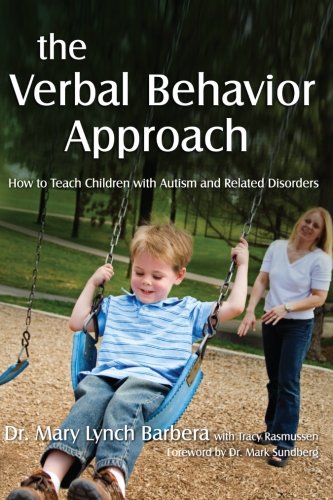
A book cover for The Verbal Behavior Approach: How to Teach Children With Autism and Related Disorders; Mary Barbera; Education & Teaching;